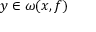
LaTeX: y \in \omega ( x , f )